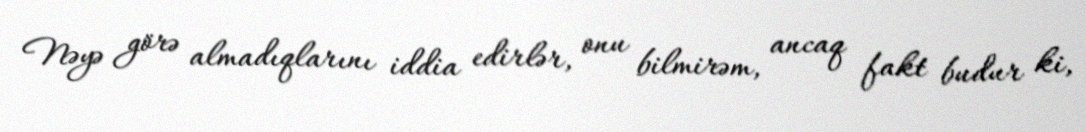
Nəyə görə almadıqlarını iddia edirlər, onu bilmirəm, ancaq fakt budur ki,